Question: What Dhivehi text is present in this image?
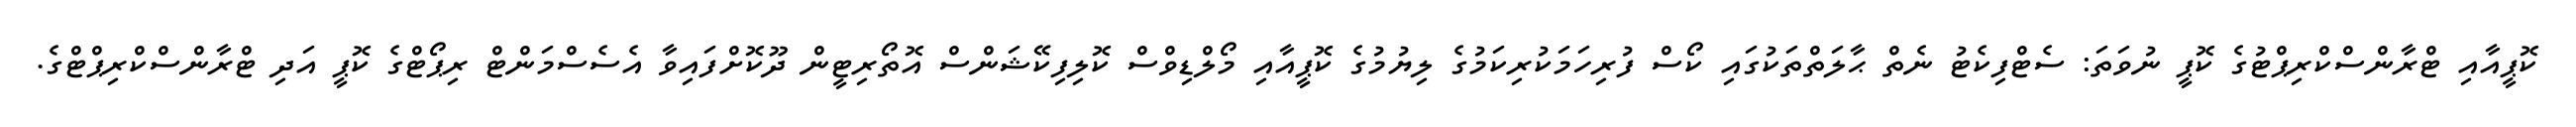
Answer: ކޮޕީއާއި ޓްރާންސްކްރިޕްޓުގެ ކޮޕީ ނުވަތަ: ސެޓްފިކެޓު ނެތް ޙާލަތްތަކުގައި ކޯސް ފުރިހަމަކުރިކަމުގެ ލިޔުމުގެ ކޮޕީއާއި މޯލްޑިވްސް ކޮލިފިކޭޝަންސް އޮތޯރިޓީން ދޫކޮށްފައިވާ އެސެސްމަންޓް ރިޕޯޓްގެ ކޮޕީ އަދި ޓްރާންސްކްރިޕްޓްގެ.